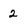
Character: 2